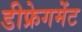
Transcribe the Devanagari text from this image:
डीफ्रेगमेंट